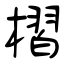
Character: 槢